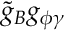
\ensuremath { \tilde { g } _ { B } } \ensuremath { g _ { \phi \gamma } }